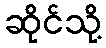
ဆိုင်သို့